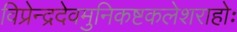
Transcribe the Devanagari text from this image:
विप्रेन्द्रदेवमुनिकष्टकलेशराहोः